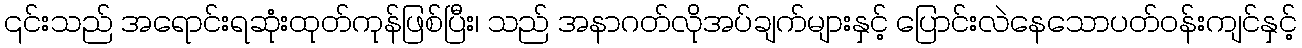
၎င်းသည် အရောင်းရဆုံးထုတ်ကုန်ဖြစ်ပြီး၊ သည် အနာဂတ်လိုအပ်ချက်များနှင့် ပြောင်းလဲနေသောပတ်ဝန်းကျင်နှင့်